system: You are a helpful assistant.
user:
Analyze the provided spectrum to determine if it is a **White Dwarf (WD)**.

A White Dwarf spectrum is defined by its **extreme purity** (due to gravitational settling) and/or **extreme pressure broadening** (due to high surface gravity). You must check for one of the following mutually exclusive signatures:

- **Key Visual Indicators (Check for ONE of these types):**

    - **1. DA-Type Signature (Most Common):**
        - **(Primary Feature):** Extreme pressure broadening (Stark broadening) of the **Hydrogen (H) Balmer lines**.
        - **(Key Lines):** $H\beta$ (approx. $4861$ Å) and $H\gamma$ (approx. $4340$ Å). $H\alpha$ (approx. $6563$ Å) will also be present if the wavelength range covers it.
        - **(Line Profile):** This is the **defining feature**. The lines are **NOT** sharp. They appear as massive, **extremely broad and deep "troughs" or "dips"** in the spectrum, often hundreds of Ångströms wide. The continuum will appear to "scoop" down at these wavelengths.
        - **(Distinction):** Normal A-type or B-type stars have *narrow* and *sharp* Hydrogen lines. A DA White Dwarf's lines are unmistakably "smeared" or "blurry" from pressure.

    - **2. DB-Type Signature:**
        - **(Primary Feature):** Broad absorption lines from **Neutral Helium (He I)**. The spectrum must lack any visible Hydrogen lines.
        - **(Key Lines):** Look for broad absorption near $4471$ Å, $4921$ Å, and $5876$ Å.
        - **(Line Profile):** These lines are also significantly pressure-broadened, appearing much wider than they would in a normal B-type main-sequence star.

    - **3. DC-Type Signature:**
        - **(Primary Feature):** A **featureless continuous spectrum**.
        - **(Line Profile):** The spectrum is a smooth curve with **no significant absorption or emission lines**.
        - **(Key Confirmation):** The continuum is almost always **blue or white**, indicating a hot object. This signature implies the atmosphere is so pure (or so cool) that no spectral lines are visible in the optical range. Its WD identity is confirmed by its extremely low intrinsic brightness (high absolute magnitude).

    - **4. DZ-Type Signature (Metal-Polluted):**
        - **(Primary Feature):** **Isolated, narrow metal absorption lines** on an otherwise featureless (DC-like) continuum.
        - **(Key Lines):** The **Calcium (Ca II) H & K doublet** (approx. **$3934$ Å** and **$3968$ Å**) is the most common and defining feature.
        - **(Line Profile):** These lines are "out of place." They are *not* part of a "forest" of thousands of lines. This signature is evidence of recent *accretion* (pollution) from rocky debris.
        - **(Distinction):** Normal G/K/M stars have a *dense forest* of thousands of metal lines. A DZ has a *clean* continuum with *only a few* strong metal lines.

    - **5. DQ-Type Signature (Carbon-Polluted):**
        - **(Primary Feature):** Absorption bands from **Carbon (C₂ "Swan Bands" or atomic C I)**.
        - **(Key Lines - C₂):** Look for bandheads with a "saw-tooth" shape near $5635$ Å, **$5165$ Å** (strongest), and $4737$ Å.
        - **(Key Confirmation):** The underlying **continuum must be blue or white** (hot).
        - **(Distinction):** This is the critical difference from a **Carbon Star**, which has the *exact same* C₂ bands but on an extremely **red, cool** continuum.

- **(Overall Spectrum):**
    - The continuum (overall shape) is typically **blue-sloping** (brighter in the blue than the red), as most white dwarfs are very hot.
    - The spectrum will look "pure" or "simple," dominated by only *one* of the five signatures listed above.

Think first, call **spectral_visualization_tool** if needed to examine features in detail, then provide your final answer. Your response must adhere to the following strict rules:
1.  **Overall Structure:** Your response must follow the format `<think>...</think> <tool_call>...</tool_call> (if a tool is used) <answer>...</answer>`.
2.  **Tool Usage Constraint:** You may only make **one** tool call per turn.
3.  **Final Answer Format:** In the `<answer>` tag, your conclusion must be inside a `\boxed{}` command (e.g., `\boxed{YES}` or `\boxed{NO}`), followed by your justification.

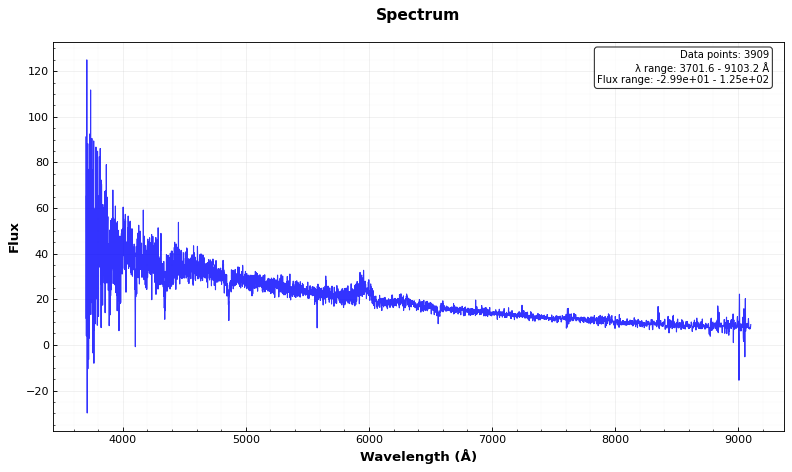
Answer: YES